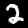
Label: 2